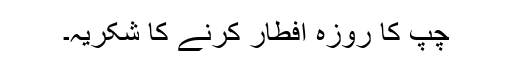
چپ کا روزہ افطار کرنے کا شکریہ۔